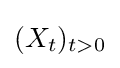
(X_{t})_{t>0}